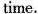
time.